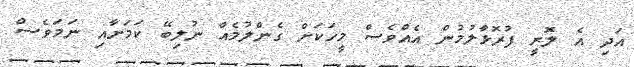
އަދި އެ ލޮރީ ފުރޮޅާލުމުން އެއްވެސް މީހަކަށް ގެންލުމެއް ނުލިބޭ ކަމަށާއި ނަމަވެސް